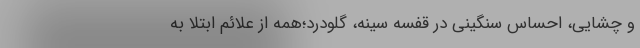
و چشایی، احساس سنگینی در قفسه سینه، گلودرد؛همه از علائم ابتلا به